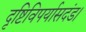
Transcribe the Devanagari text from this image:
दृष्टिविपर्यासदंड।